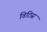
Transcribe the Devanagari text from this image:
विटिस